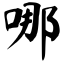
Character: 哪